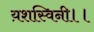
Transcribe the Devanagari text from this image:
य़शस्विनी।।